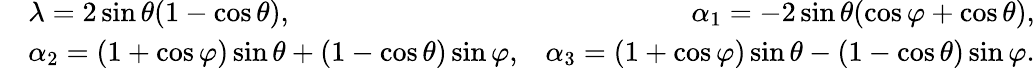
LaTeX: \begin{array}{rlr}&{\lambda=2\sin\theta(1-\cos\theta),}&{\alpha_{1}=-2\sin\theta(\cos\varphi+\cos\theta),}\\ &{\alpha_{2}=(1+\cos\varphi)\sin\theta+(1-\cos\theta)\sin\varphi,}&{\alpha_{3}=(1+\cos\varphi)\sin\theta-(1-\cos\theta)\sin\varphi.}\end{array}